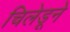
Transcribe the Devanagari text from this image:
चिलेडूने